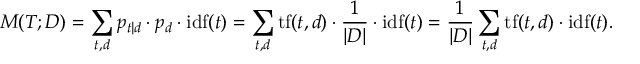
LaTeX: M ( { \cal { T } } ; { \cal { D } } ) = \sum _ { t , d } p _ { t | d } \cdot p _ { d } \cdot \mathrm { i d f } ( t ) = \sum _ { t , d } \mathrm { t f } ( t , d ) \cdot { \frac { 1 } { | D | } } \cdot \mathrm { i d f } ( t ) = { \frac { 1 } { | D | } } \sum _ { t , d } \mathrm { t f } ( t , d ) \cdot \mathrm { i d f } ( t ) .